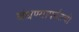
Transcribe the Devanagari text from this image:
बंधण्यापर्यंतची